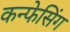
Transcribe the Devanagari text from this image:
कन्फेसिंग